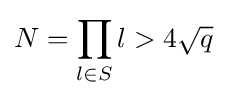
N=\prod _{l\in S}l>4{\sqrt {q}}